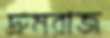
দ্রুমরাজ